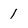
Character: 1